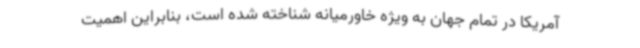
آمریکا در تمام جهان به ویژه خاورمیانه شناخته شده است، بنابراین اهمیت